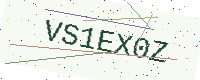
Text: VS1EX0Z